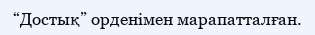
“Достық” орденімен марапатталған.